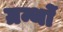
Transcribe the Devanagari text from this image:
ग्रन्थाें